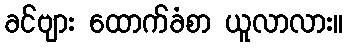
ခင်ဗျား ထောက်ခံစာ ယူလာလား။